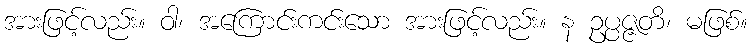
အားဖြင့်လည်း။ ဝါ၊ အကြောင်းကင်းသော အားဖြင့်လည်း။ န ဥပ္ပဇ္ဇတိ၊ မဖြစ်။